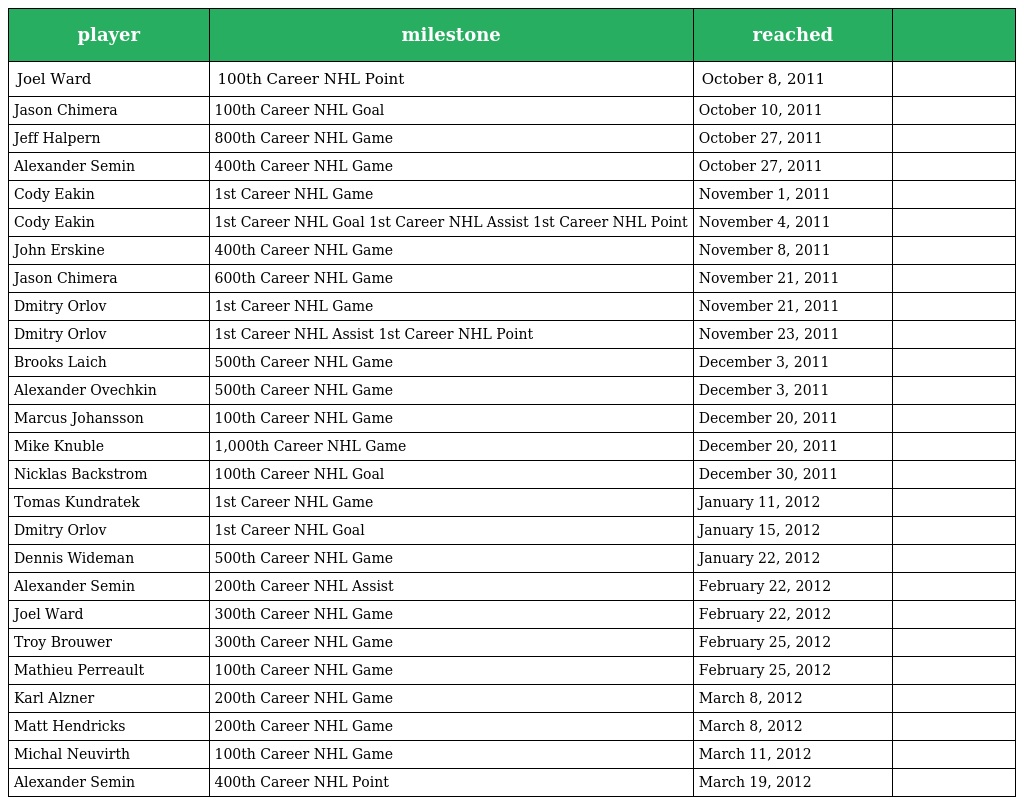
| player | milestone | reached |  |
 | --- | --- | --- | --- |
 | Joel Ward | 100th Career NHL Point | October 8, 2011 |  |
 | Jason Chimera | 100th Career NHL Goal | October 10, 2011 |  |
 | Jeff Halpern | 800th Career NHL Game | October 27, 2011 |  |
 | Alexander Semin | 400th Career NHL Game | October 27, 2011 |  |
 | Cody Eakin | 1st Career NHL Game | November 1, 2011 |  |
 | Cody Eakin | 1st Career NHL Goal 1st Career NHL Assist 1st Career NHL Point | November 4, 2011 |  |
 | John Erskine | 400th Career NHL Game | November 8, 2011 |  |
 | Jason Chimera | 600th Career NHL Game | November 21, 2011 |  |
 | Dmitry Orlov | 1st Career NHL Game | November 21, 2011 |  |
 | Dmitry Orlov | 1st Career NHL Assist 1st Career NHL Point | November 23, 2011 |  |
 | Brooks Laich | 500th Career NHL Game | December 3, 2011 |  |
 | Alexander Ovechkin | 500th Career NHL Game | December 3, 2011 |  |
 | Marcus Johansson | 100th Career NHL Game | December 20, 2011 |  |
 | Mike Knuble | 1,000th Career NHL Game | December 20, 2011 |  |
 | Nicklas Backstrom | 100th Career NHL Goal | December 30, 2011 |  |
 | Tomas Kundratek | 1st Career NHL Game | January 11, 2012 |  |
 | Dmitry Orlov | 1st Career NHL Goal | January 15, 2012 |  |
 | Dennis Wideman | 500th Career NHL Game | January 22, 2012 |  |
 | Alexander Semin | 200th Career NHL Assist | February 22, 2012 |  |
 | Joel Ward | 300th Career NHL Game | February 22, 2012 |  |
 | Troy Brouwer | 300th Career NHL Game | February 25, 2012 |  |
 | Mathieu Perreault | 100th Career NHL Game | February 25, 2012 |  |
 | Karl Alzner | 200th Career NHL Game | March 8, 2012 |  |
 | Matt Hendricks | 200th Career NHL Game | March 8, 2012 |  |
 | Michal Neuvirth | 100th Career NHL Game | March 11, 2012 |  |
 | Alexander Semin | 400th Career NHL Point | March 19, 2012 |  |